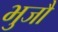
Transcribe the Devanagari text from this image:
भुजौ